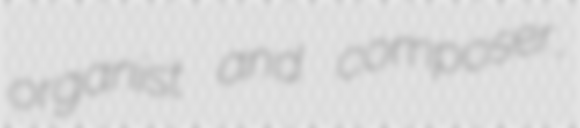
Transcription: organist and composer,